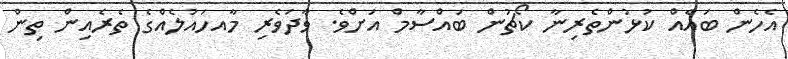
އެހެން ބައެއް ކުޅުންތެރިނާ ކޯޗުން ބައްސާމް އަށްވެ. ވާދަވެރި މާއހައުލެއްގެ ތެރެއިން ތިން